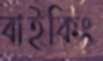
বাইকিং